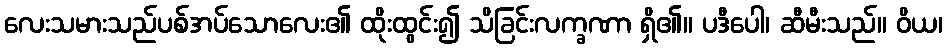
လေးသမားသည်ပစ်အပ်သောလေး၏ ထိုးထွင်း၍ သိခြင်းလက္ခဏာ ရှိ၏။ ပဒီပေါ၊ ဆီမီးသည်။ ဝိယ၊